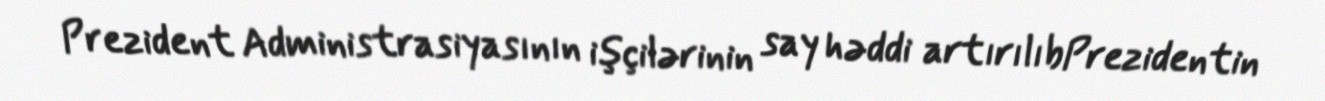
Prezident Administrasiyasının işçilərinin say həddi artırılıbPrezidentin